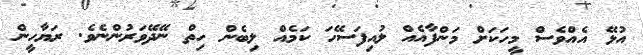
އުޅޭ އެއްވެސް މީހަކަށް މަންފާއެއް ލުއިފަސޭހަ ކަމެއް ލިބެން ހިތް ނޭދޭވަރުންނެވެ. ރަޔާހީން